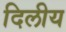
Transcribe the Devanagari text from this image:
दिलीय